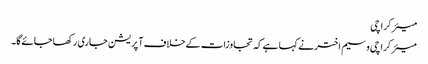
میئر کراچی
میئرکراچی وسیم اخترنے کہا ہےکہ تجاوزات کےخلاف آپریشن جاری رکھاجائےگا۔